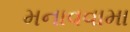
મનાવવામા